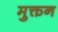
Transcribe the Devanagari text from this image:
मुक्तन